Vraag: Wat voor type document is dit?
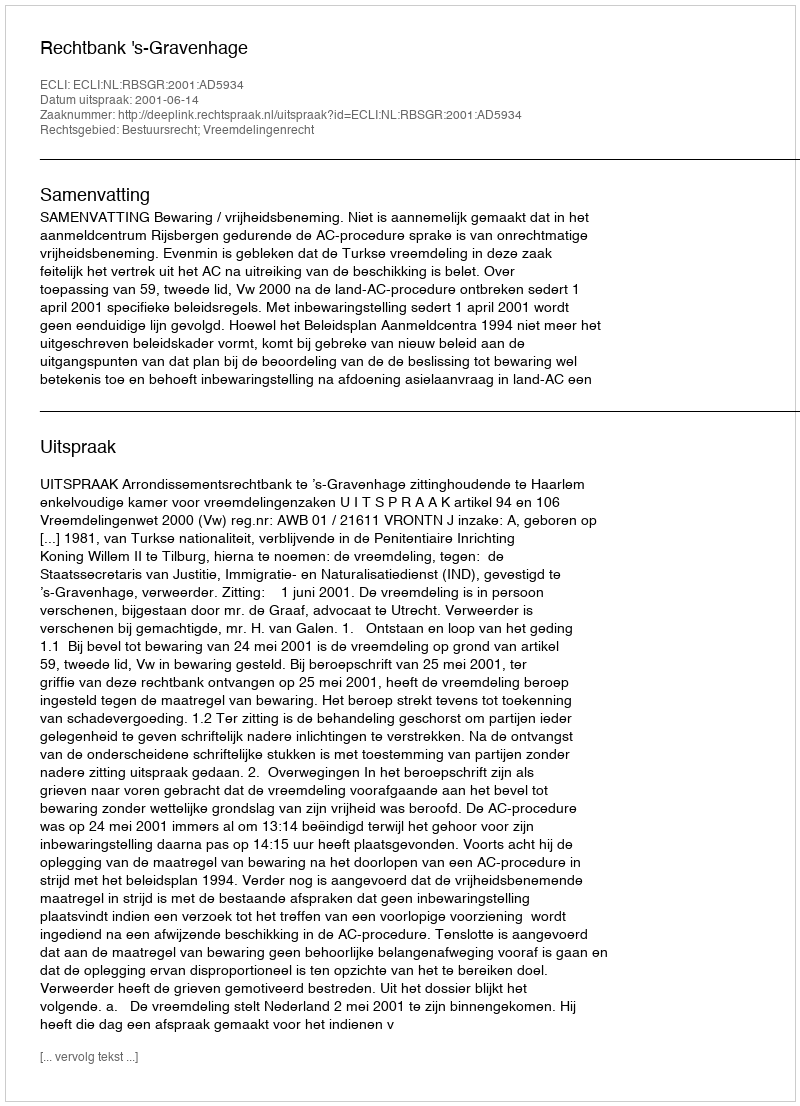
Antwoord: Uitspraak